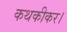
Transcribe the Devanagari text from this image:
कथकीकर।